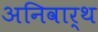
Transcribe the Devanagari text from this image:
अनिवार्थ